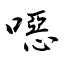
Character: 噁